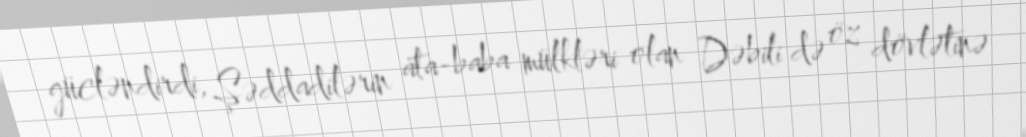
gücləndirdi, Şəddadilərin ata-baba mülkləri olan Dəbili də öz dövlətinə